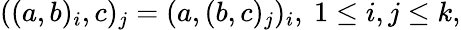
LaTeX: ((a,b)_{i},c)_{j}=(a,(b,c)_{j})_{i},\ 1\leq i,j\leq k,